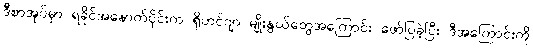
ဒီစာအုပ်မှာ ရခိုင်အနောက်ပိုင်းက ရိုဟင်ဂျာ မျိုးနွယ်တွေအကြောင်း ဖော်ပြခဲ့ပြီး ဒီအကြောင်းကို